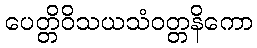
ပေတ္တိဝိသယသံဝတ္တနိကော